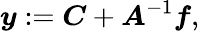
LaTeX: \boldsymbol{y}:=\boldsymbol{C}+\boldsymbol{A}^{-1}\boldsymbol{f},